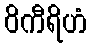
ဝိကီရိဟံ